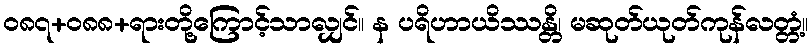
ဝ၈၇+၀၈၈+ရားတို့ကြောင့်သာလျှင်။ န ပရိဟာယိဿန္တိ၊ မဆုတ်ယုတ်ကုန်လတ္တံ့။